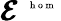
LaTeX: \pmb{{\cal E}}^{\mathrm{~\tiny~{~h~o~m~}~}}